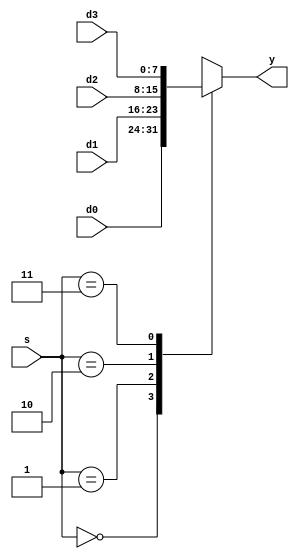
`timescale 1ns / 1ps
//////////////////////////////////////////////////////////////////////////////////
// Company: 
// Engineer: 
// 
// Design Name: 
// Module Name: mux4
// Project Name: 
// Target Devices: 
// Tool Versions: 
// Description: 
// 
// Dependencies: 
// 
// Revision:
// Revision 0.01 - File Created
// Additional Comments:
// 
//////////////////////////////////////////////////////////////////////////////////


module mux4 #(parameter WIDTH = 8)
	(d0, d1, d2, d3, s, y);
	input [WIDTH - 1: 0] d0;
	input [WIDTH - 1: 0] d1;
	input [WIDTH - 1: 0] d2;
	input [WIDTH - 1: 0] d3;
	input [1:0]s;
	output reg[WIDTH - 1: 0] y;
	always @(*)
	begin
		case(s)
		2'b00: y = d0;
		2'b01: y = d1;
		2'b10: y = d2;
		2'b11: y = d3;
		default: y = 0;
		endcase
	end
endmodule